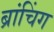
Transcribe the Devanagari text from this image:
ब्रांचिंग